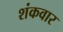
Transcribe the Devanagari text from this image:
शंकवार